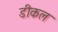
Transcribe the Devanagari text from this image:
डीकल